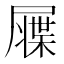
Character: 𡳙